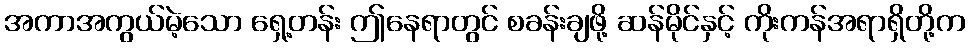
အကာအကွယ်မဲ့သော ရှေ့တန်း ဤနေရာတွင် စခန်းချဖို့ ဆန်မိုင်နှင့် ကိုးကန်အရာရှိတို့က